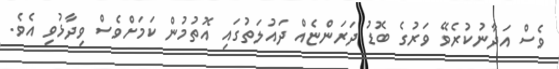
ވެސް އަދާނުކުރެވޭ ވަރުގެ ބޮޑު ދަރަންޏެއް ދައުލަތުގައި އޮތުމުން ކަމަށްވެސް ވިދާޅުވި އެވެ.